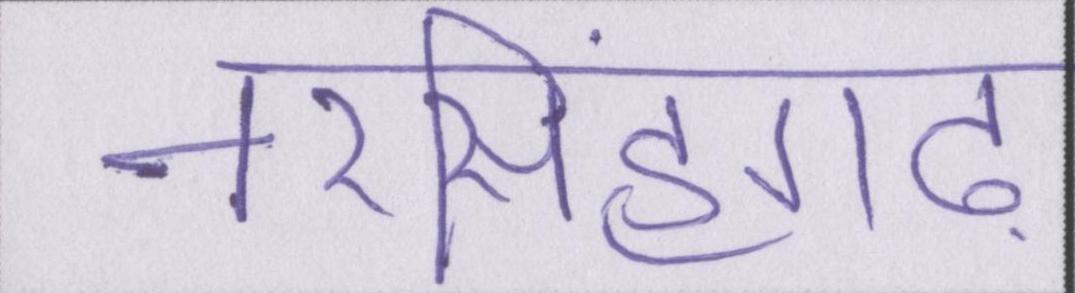
नरसिंहगढ़